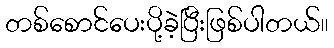
တစ်စောင်ပေးပို့ခဲ့ပြီးဖြစ်ပါတယ်။